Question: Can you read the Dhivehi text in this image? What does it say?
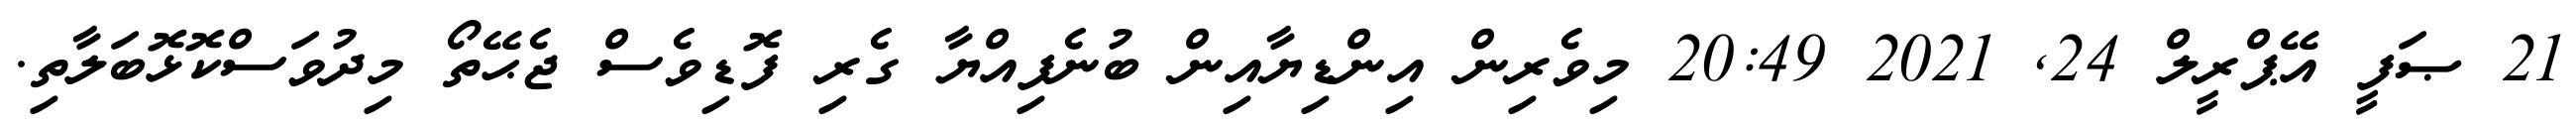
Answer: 21 ޞަފީ އޭޕްރީލް 24, 2021 20:49 މިވެރިން އިންޑިޔާއިން ބުނެފިއްޔާ ގެރި ފޮޑިވެސް ޖެޙޭތޯ މިދުވަސްކޮޅޮބަލާތި.